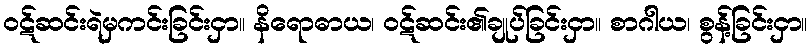
ဝဋ်ဆင်းရဲမှကင်းခြင်းငှာ။ နိရောဓာယ၊ ဝဋ်ဆင်း၏ချုပ်ခြင်းငှာ။ စာဂါယ၊ စွန့်ခြင်းငှာ။